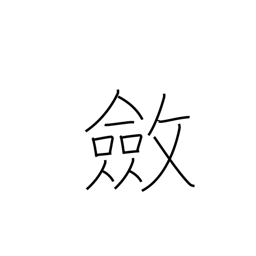
Meaning: stiffen